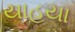
યાહયા